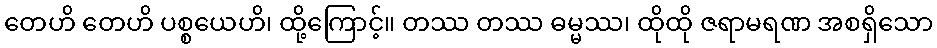
တေဟိ တေဟိ ပစ္စယေဟိ၊ ထို့ကြောင့်။ တဿ တဿ ဓမ္မဿ၊ ထိုထို ဇရာမရဏ အစရှိသော